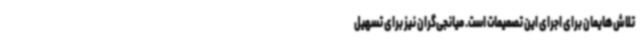
تلاش‌هایمان برای اجرای این تصمیمات است. میانجی‌گران نیز برای تسهیل